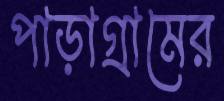
পাড়াগ্রামের